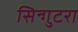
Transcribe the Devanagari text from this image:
सिन्गुटरा